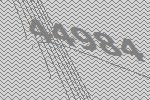
44984